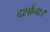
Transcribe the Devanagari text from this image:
दर्शाना।